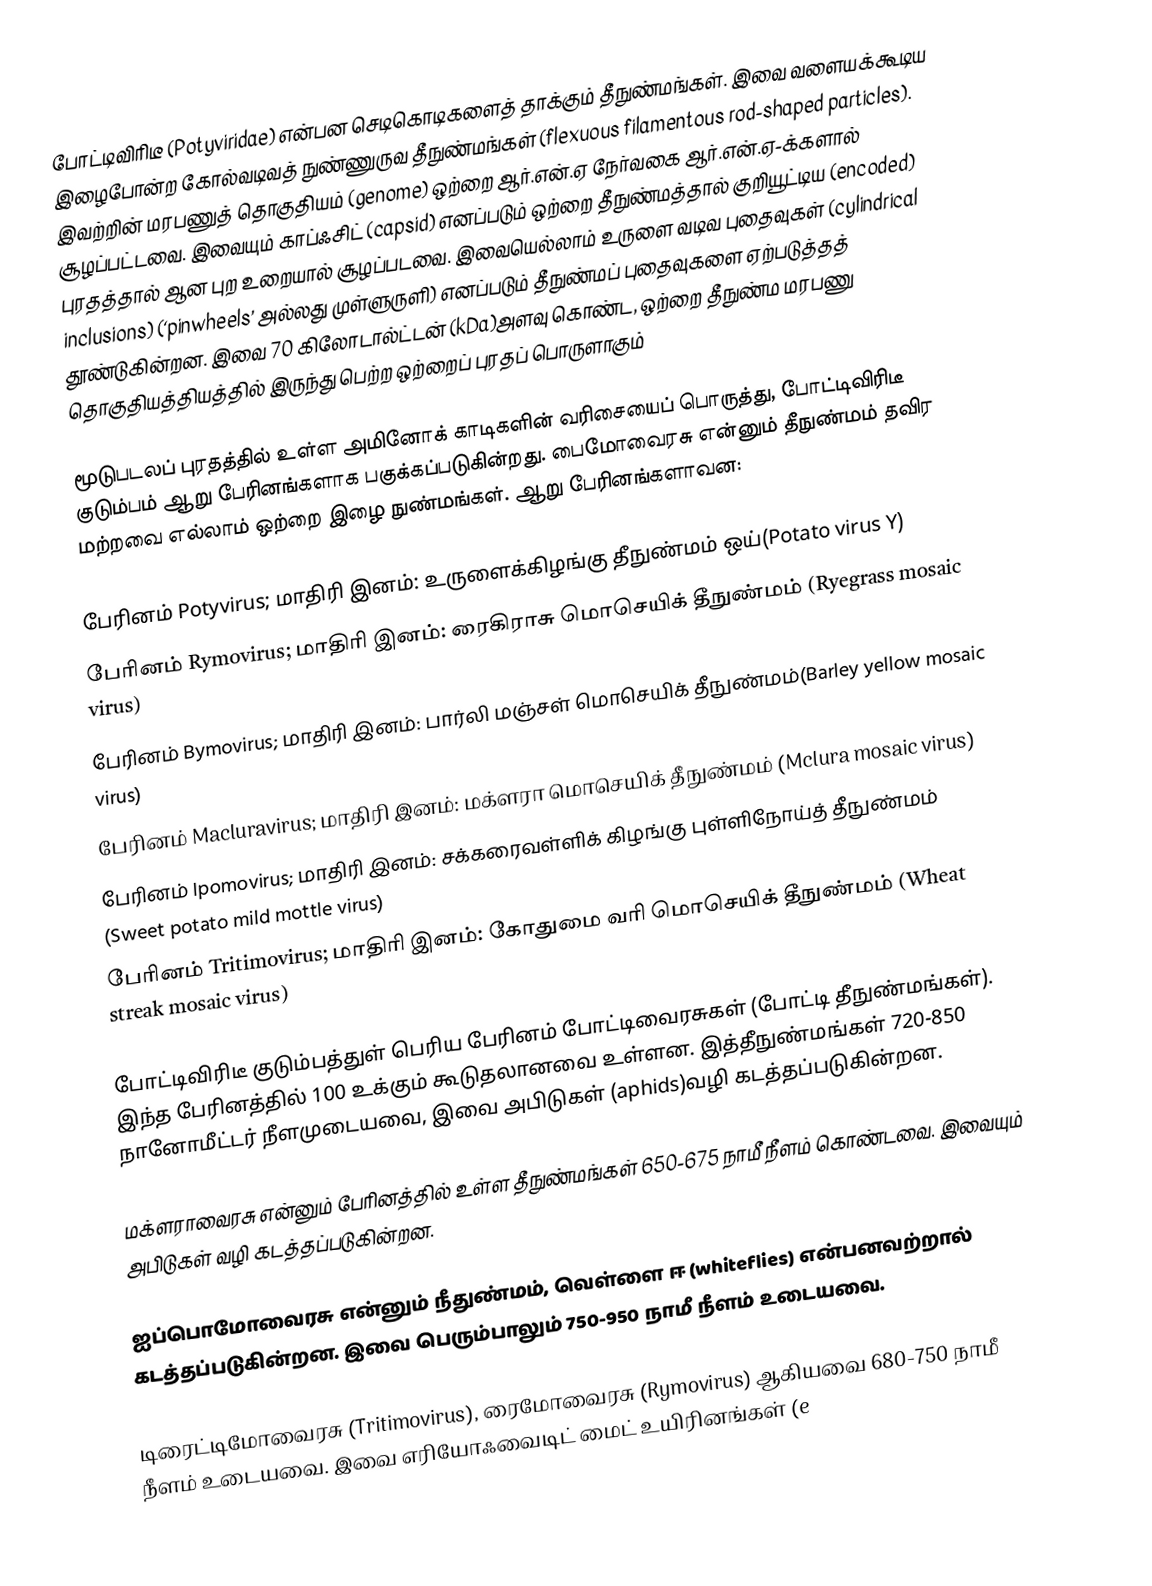
போட்டிவிரிடீ (Potyviridae) என்பன செடிகொடிகளைத் தாக்கும் தீநுண்மங்கள். இவை வளையக்கூடிய இழைபோன்ற கோல்வடிவத் நுண்ணுருவ தீநுண்மங்கள்  (flexuous filamentous rod-shaped particles). இவற்றின் மரபணுத் தொகுதியம் (genome) ஒற்றை ஆர்.என்.ஏ நேர்வகை ஆர்.என்.ஏ-க்களால் சூழப்பட்டவை. இவையும் காப்ஃசிட் (capsid) எனப்படும் ஒற்றை தீநுண்மத்தால் குறியூட்டிய (encoded) புரதத்தால் ஆன புற உறையால் சூழப்படவை. இவையெல்லாம் உருளை வடிவ புதைவுகள்   (cylindrical inclusions) (‘pinwheels’ அல்லது முள்ளுருளி) எனப்படும் தீநுண்மப் புதைவுகளை ஏற்படுத்தத் தூண்டுகின்றன. இவை 70 கிலோடால்ட்டன் (kDa)அளவு கொண்ட, ஒற்றை தீநுண்ம மரபணு தொகுதியத்தியத்தில் இருந்து பெற்ற ஒற்றைப் புரதப் பொருளாகும்

மூடுபடலப் புரதத்தில் உள்ள அமினோக் காடிகளின் வரிசையைப் பொருத்து, போட்டிவிரிடீ குடும்பம் ஆறு பேரினங்களாக பகுக்கப்படுகின்றது. பைமோவைரசு என்னும் தீநுண்மம் தவிர மற்றவை எல்லாம் ஒற்றை இழை நுண்மங்கள். ஆறு பேரினங்களாவன:

 பேரினம் Potyvirus; மாதிரி இனம்: உருளைக்கிழங்கு தீநுண்மம் ஒய்(Potato virus Y)
 பேரினம் Rymovirus; மாதிரி இனம்: ரைகிராசு மொசெயிக் தீநுண்மம் (Ryegrass mosaic virus)
 பேரினம் Bymovirus; மாதிரி இனம்: பார்லி மஞ்சள் மொசெயிக் தீநுண்மம்(Barley yellow mosaic virus)
 பேரினம் Macluravirus; மாதிரி இனம்: மக்ளரா மொசெயிக் தீநுண்மம் (Mclura mosaic virus)
 பேரினம் Ipomovirus; மாதிரி இனம்: சக்கரைவள்ளிக் கிழங்கு புள்ளிநோய்த் தீநுண்மம் (Sweet potato mild mottle virus)
 பேரினம் Tritimovirus; மாதிரி இனம்: கோதுமை வரி மொசெயிக் தீநுண்மம் (Wheat streak mosaic virus)

போட்டிவிரிடீ குடும்பத்துள் பெரிய பேரினம் போட்டிவைரசுகள் (போட்டி தீநுண்மங்கள்). இந்த பேரினத்தில் 100 உக்கும் கூடுதலானவை உள்ளன. இத்தீநுண்மங்கள் 720-850 நானோமீட்டர் நீளமுடையவை, இவை அபிடுகள் (aphids)வழி கடத்தப்படுகின்றன.

மக்ளராவைரசு என்னும் பேரினத்தில் உள்ள தீநுண்மங்கள் 650-675 நாமீ நீளம் கொண்டவை. இவையும் அபிடுகள் வழி கடத்தப்படுகின்றன.

ஐப்பொமோவைரசு என்னும் நீதுண்மம், வெள்ளை ஈ (whiteflies) என்பனவற்றால் கடத்தப்படுகின்றன. இவை பெரும்பாலும் 750-950 நாமீ நீளம் உடையவை.

டிரைட்டிமோவைரசு (Tritimovirus), ரைமோவைரசு (Rymovirus) ஆகியவை 680-750 நாமீ நீளம் உடையவை. இவை எரியோஃவைடிட் மைட் உயிரினங்கள்  (e